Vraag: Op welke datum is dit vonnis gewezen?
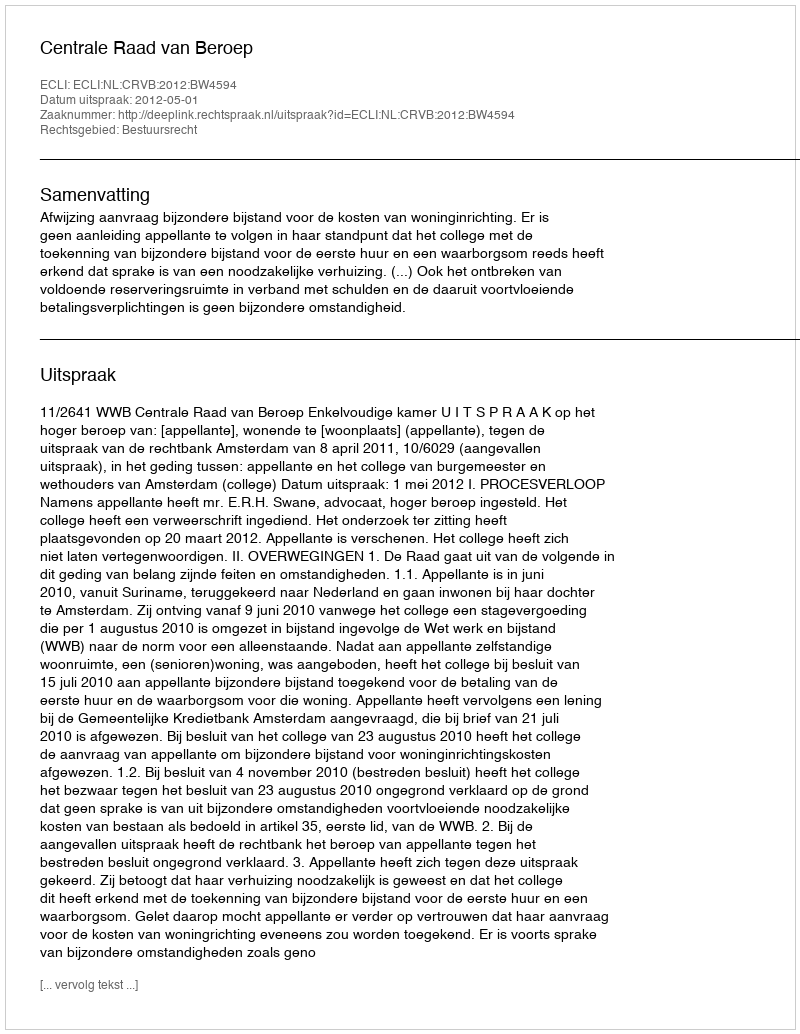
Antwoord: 2012-05-01